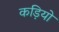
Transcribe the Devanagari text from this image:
कड़ियो